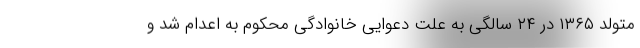
متولد ۱۳۶۵ در ۲۴ سالگی به علت دعوایی خانوادگی محکوم به اعدام شد و